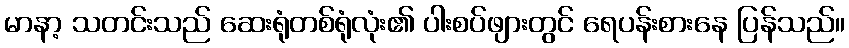
မာနာ့ သတင်းသည် ဆေးရုံတစ်ရုံလုံး၏ ပါးစပ်ဖျားတွင် ရေပန်းစားနေ ပြန်သည်။